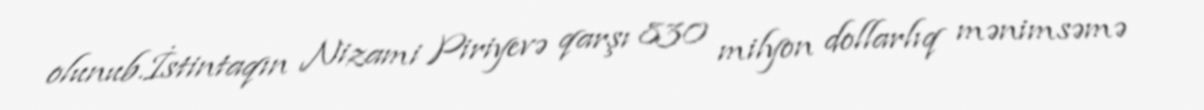
olunub.İstintaqın Nizami Piriyevə qarşı 830 milyon dollarlıq mənimsəmə